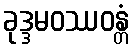
ခုဒ္ဒမဝဿဝန္တံ